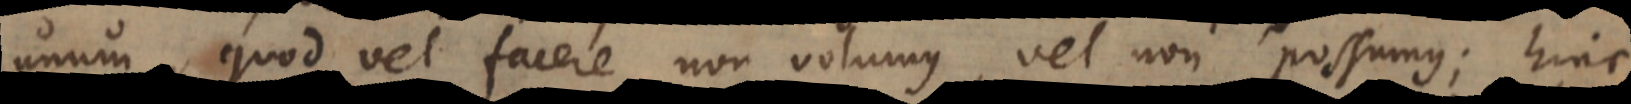
unum, quod vel facere non volumus, vel non possumus; hinc